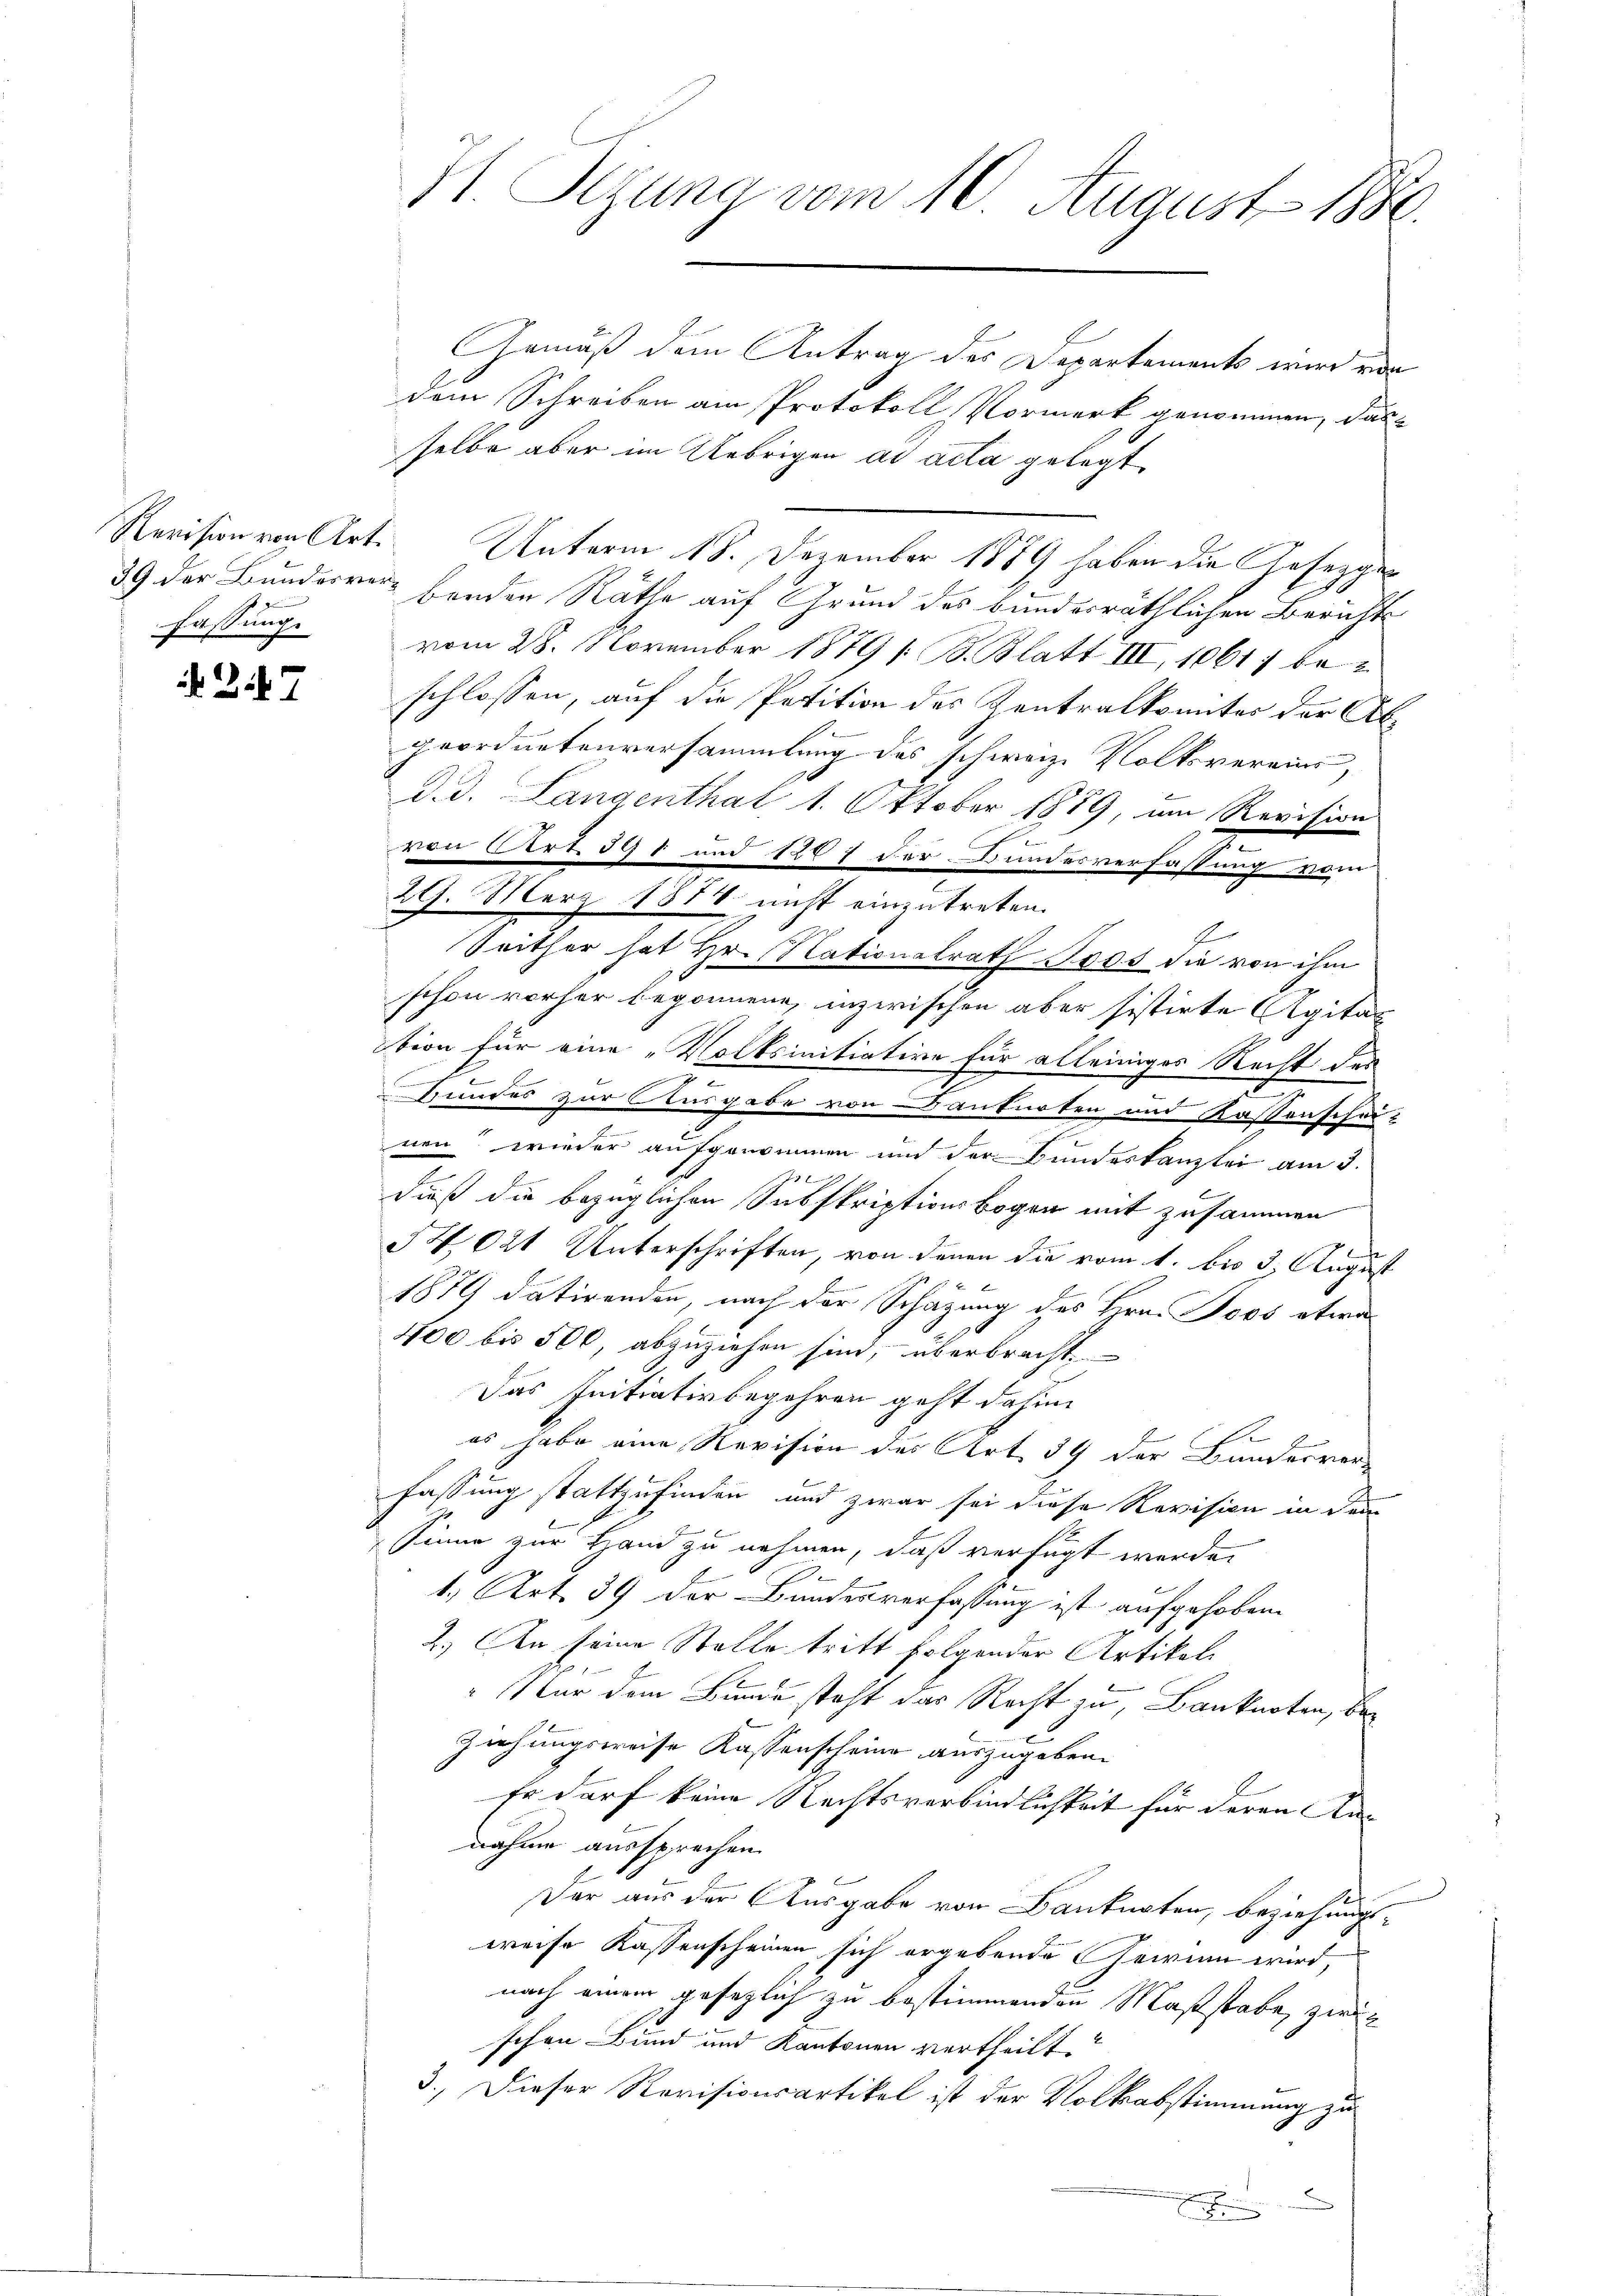
fassung.

27

H. Segung vom 10. August 1886.

Gemäß dem Antrag des Departements wird von
dem Schreiben am Protokoll Vormerk genommen, das
selbe aber im Uebrigen ad acta gelegt
Revision von Art. Unterm 18. Dezember 1889 haben die Gesezgen
39 der Bundesver- beeden Räthe auf Grund des bunderräthlichen Berichts
vom 28. November 1879 / B. Blatt III, 10617 bei
schlossen, auf die Petition des Zentralkomites der Abgeordnetenversammlung des schweiz. Volksvereins,
d. d. Langenthal 1. Oktober 1889, um Revision
von Art. 398 und 1207 der Bundesverfassung vom
29. März 1878 nicht einzutreten.
2
Seither hat Hr. Rationalrath Joos die von ihm
schon vorher begonnene, inzwischen aber sistirte Agitat
tion für eine „Volksinitiative für alleiniges Recht des
u
e
Bundes zur Ausgabe von Banknoten und Kassenschei-
nen“ wieder aufgenommen und der Bundeskanzlei am 3.
l
dieß die bezüglichen Subskriptionsbogen mit zusammen
2
34021 Unterschriften, von denen die vom 1. bis 3. August
1879 datirenden, nach der Schazung des Hrn. Joos etwa
400 bis 500, abzuziehen sind, überbracht.
Das Initiativbegehren geht dahin
E
es habe eine Revision des Art. 39 der Bunderver-
fassung stattzufinden, und zwar sei diese Revision in dem
Sinne zur Hand zu nehmen, daß verfügt werde.
1., Art. 39 der Bundesverfassung ist aufgehoben
2.) An seine Stelle tritt folgender Artikali
" Nur dem Bunde steht das Recht zu, Banknoten, be¬
Ziehungsweise Kassenscheine auszugeben.
Er darf keine Rechtsverbindlichkeit für deren Annahme aussprechen.
Der aus der Ausgabe von Banknoten, beziehungsweise Kassenscheinen sich ergebende Gewinn wird,
nach einem gesezlich zu bestimmenden Maßstabe, zwi
schon Bund und Kantonen vertheilt.
3.) Dieser Revisionsartikel ist der Volksabstimmung zu